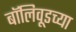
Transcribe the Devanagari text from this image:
बॉलिवूडच्या